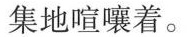
集地喧嚷着。